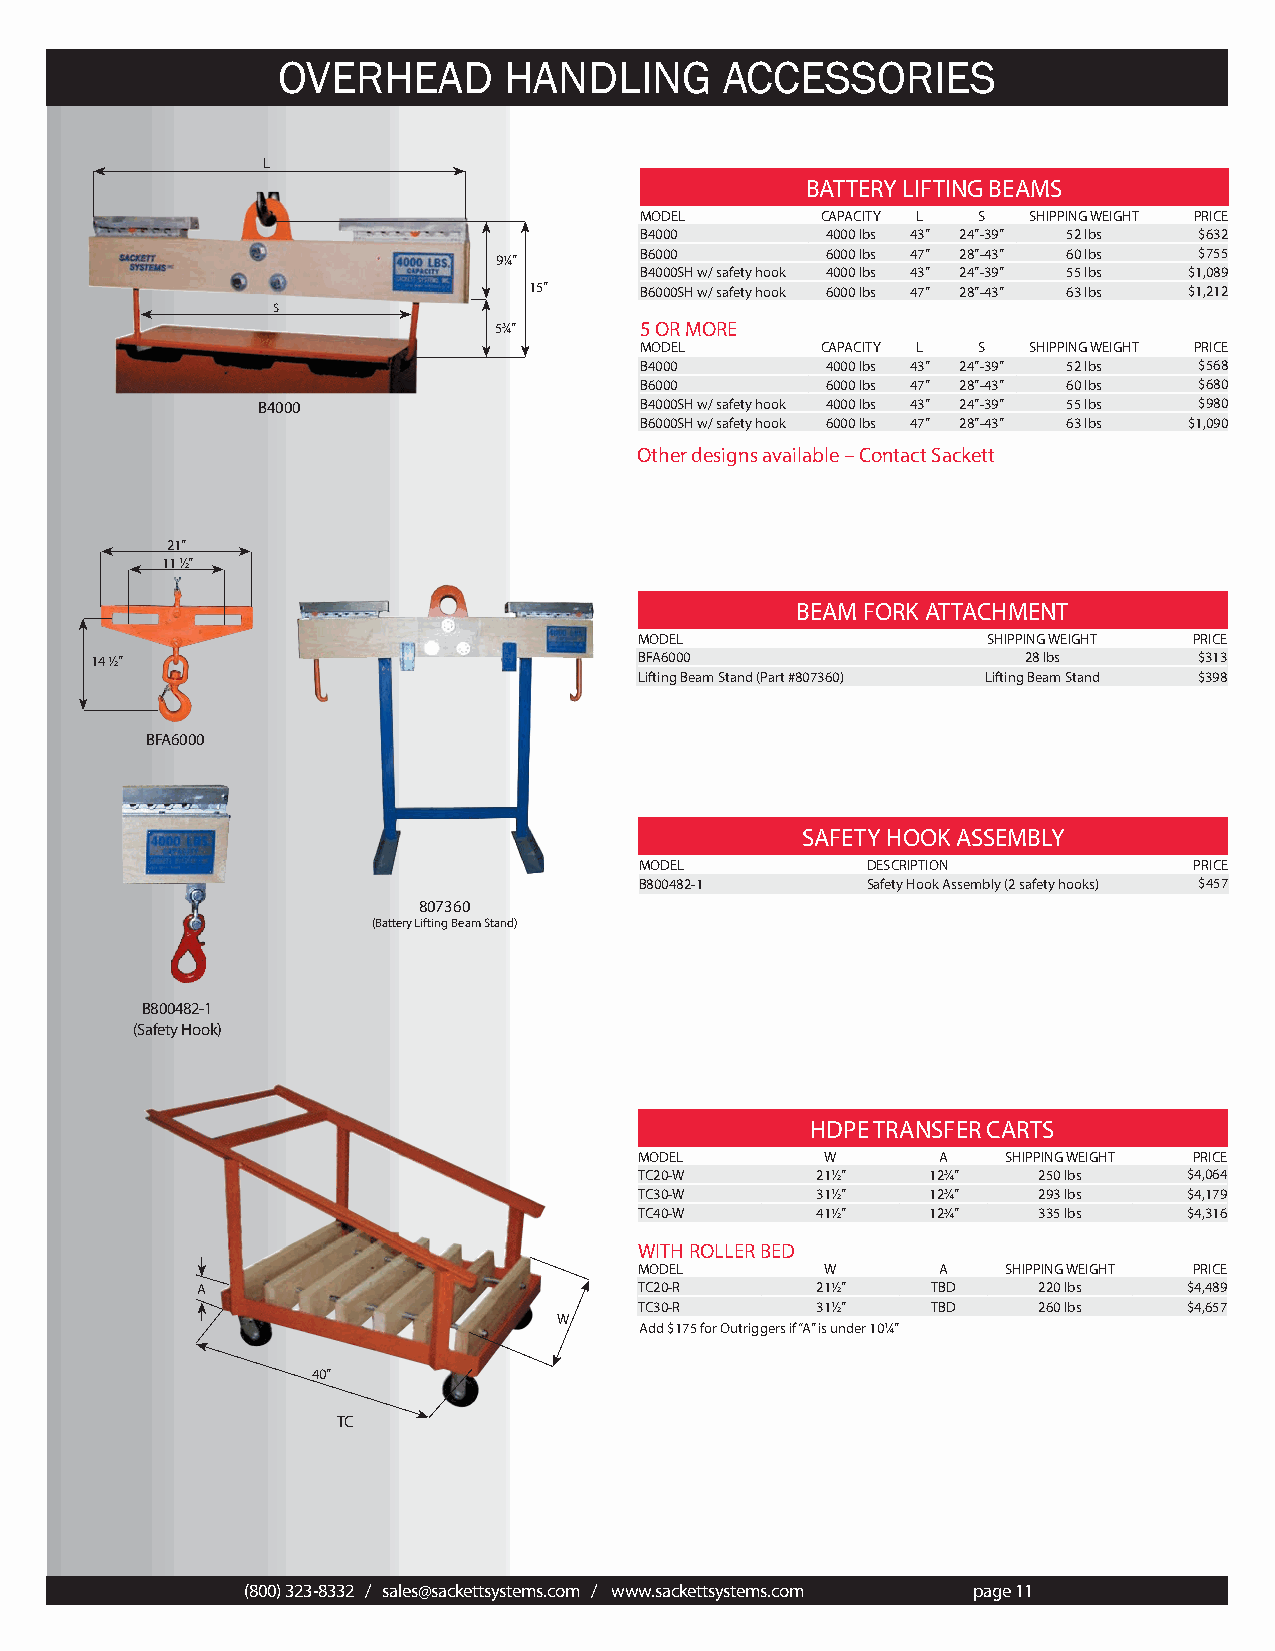
OVERHEAD       HANDLING       ACCESSORIES
 L
 BATTERY LIFTING BEAMS
 MODEL       CAPACITY L S  SHIPPING WEIGHT PRICE
 B4000        4000 lbs 43” 24”-39” 52 lbs $632
 B6000        6000 lbs 47” 28”-43” 60 lbs $755
 91⁄4”
 B4000SH w/ safety hook 4000 lbs 43” 24”-39” 55 lbs $1,089
 15”    B6000SH w/ safety hook 6000 lbs 47” 28”-43” 63 lbs $1,212
 S
 53⁄4”    5 OR MORE
 MODEL       CAPACITY L S  SHIPPING WEIGHT PRICE
 B4000        4000 lbs 43” 24”-39” 52 lbs $568
 B6000        6000 lbs 47” 28”-43” 60 lbs $680
 B4000                    B4000SH w/ safety hook 4000 lbs 43” 24”-39” 55 lbs $980
 B6000SH w/ safety hook 6000 lbs 47” 28”-43” 63 lbs $1,090
 Other designs available – Contact Sackett
 21”
 11 1⁄2”
 BEAM FORK ATTACHMENT
 MODEL                  SHIPPING WEIGHT PRICE
 14 1⁄2”                             BFA6000                   28 lbs     $313
 Lifting Beam Stand (Part #807360) Lifting Beam Stand $398
 BFA6000
 SAFETY HOOK ASSEMBLY
 MODEL          DESCRIPTION           PRICE
 B800482-1      Safety Hook Assembly (2 safety hooks) $457
 807360
 (Battery Lifting Beam Stand)
 B800482-1
 (Safety Hook)
 HDPE TRANSFER CARTS
 MODEL        W      A    SHIPPING WEIGHT PRICE
 TC20-W      211⁄2”  123⁄4” 250 lbs   $4,064
 TC30-W      311⁄2”  123⁄4” 293 lbs   $4,179
 TC40-W      411⁄2”  123⁄4” 335 lbs   $4,316
 WITH ROLLER BED
 MODEL        W      A    SHIPPING WEIGHT PRICE
 A                            TC20-R      211⁄2”  TBD    220 lbs   $4,489
 TC30-R      311⁄2”  TBD    260 lbs   $4,657
 W
 Add $175 for Outriggers if “A” is under 101⁄4”
 40”
 TC
 (800) 323-8332 / sales@sackettsystems.com / www.sackettsystems.com page 11